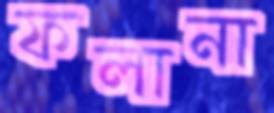
ফলানা